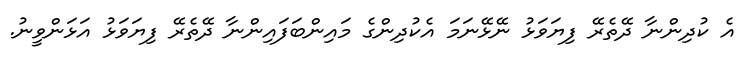
އެ ކުދިންނާ ދޭތެރޭ ފިޔަވަޅު ނޭޅޭނަަމަ އެކުދިންގެ މައިންބަފައިންނާ ދޭތެރޭ ފިޔަވަޅު އަޅަންވީނު.